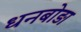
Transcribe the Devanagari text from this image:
धनबोड़ा